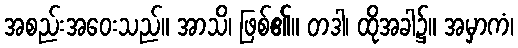
အစည်းအဝေးသည်။ အာသိ၊ ဖြစ်၏။ တဒါ၊ ထိုအခါ၌။ အမှာကံ၊